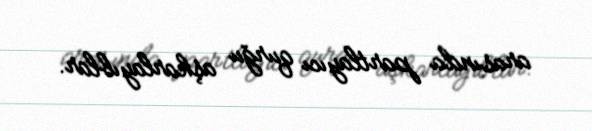
arasında partlayıcı qurğu aşkarlayıblar.